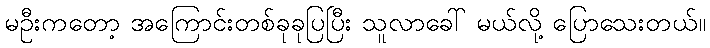
မဦးကတော့ အကြောင်းတစ်ခုခုပြပြီး သူလာခေါ် မယ်လို့ ပြောသေးတယ်။